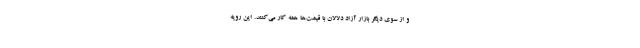
و از سوی دیگر بازار آزاد دلالان با قیمت‌ها همه کار می‌کنند. این رویه